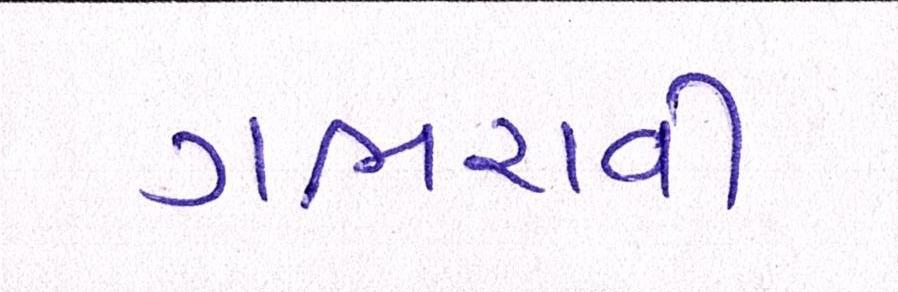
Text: ગભરાવી